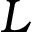
L